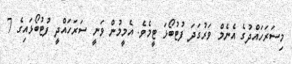
މިސަރަހައްދުގެ އެނެމް ވަރުގަދަ ފުޓުބޯޅަ ޓީމެވެ. އެމީމުން ވަނީ ސަރަހައްދީ ފުޓުބޯޅައިގެެ 7